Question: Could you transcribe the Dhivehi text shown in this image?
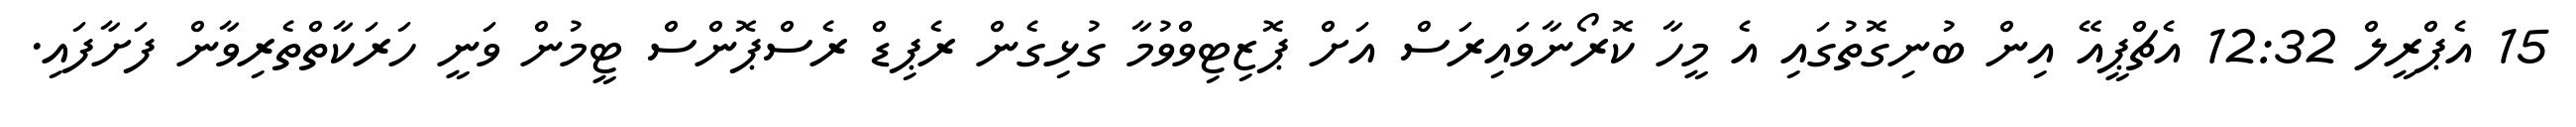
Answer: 15 އެޕްރީލް 12:32 އެޗްޕީއޭ އިން ބުނިގޮތުގައި އެ މީހާ ކޮރޯނާވައިރަސް އަށް ޕޮޒިޓިވްވުމާ ގުޅިގެން ރެޕިޑް ރެސްޕޮންސް ޓީމުން ވަނީ ހަރަކާތްތެރިވާން ފަށާފައި.